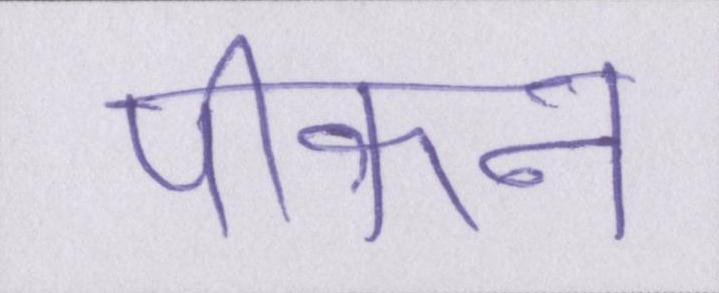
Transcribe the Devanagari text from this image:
पीकन